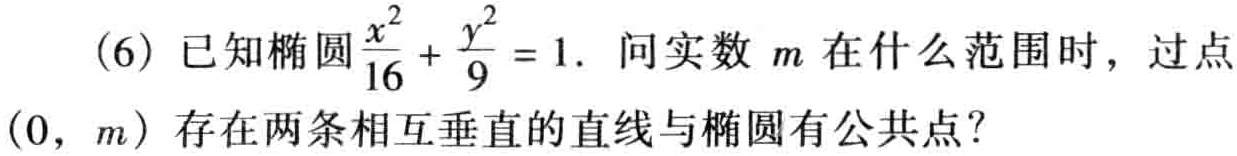
(6) 已知椭圆$\frac{x^{2}}{16}+\frac{y^{2}}{9}=1$. 问实数$m$在什么范围时，过点$(0, m)$存在两条相互垂直的直线与椭圆有公共点？